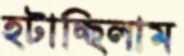
হটাচ্ছিলাম